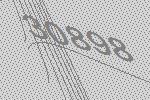
30898